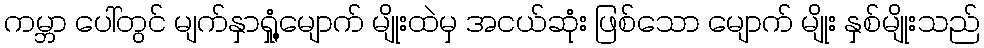
ကမ္ဘာ ပေါ်တွင် မျက်နှာရှုံ့မျောက် မျိုးထဲမှ အငယ်ဆုံး ဖြစ်သော မျောက် မျိုး နှစ်မျိုးသည်